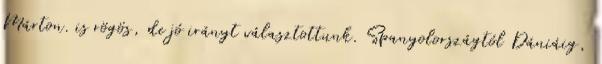
Márton. is rögös, de jó irányt választottunk. Spanyolországtól Dániáig,